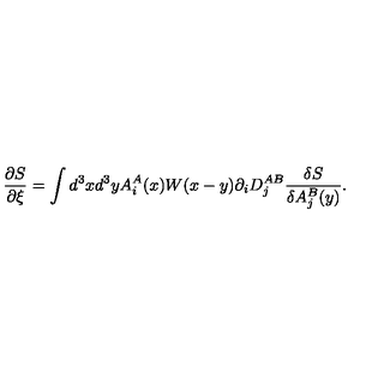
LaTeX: \frac { \partial S } { \partial \xi } = \int d ^ { 3 } x d ^ { 3 } y A _ { i } ^ { A } ( x ) W ( x - y ) \partial _ { i } D _ { j } ^ { A B } \frac { \delta S } { \delta A _ { j } ^ { B } ( y ) } .